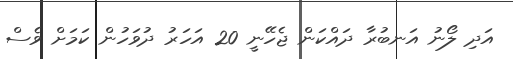
އަދި ލޯނު އަނބުރާ ދައްކަން ޖެހޭނީ 20 އަހަރު ދުވަހުން ކަމަށް ވެސް